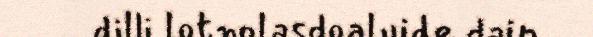
dilli lotnolasdoaluide dain